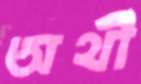
অর্থী